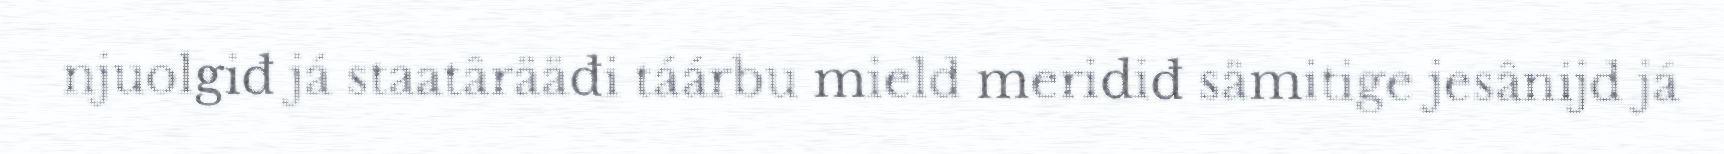
njuolgiđ já staatârääđi táárbu mield meridiđ sämitige jesânijd já